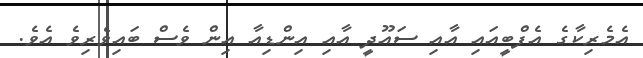
އެމެރިކާގެ އެފްބީއައި އާއި ސައޫދީ އާއި އިންޑިއާ އިން ވެސް ބައިވެރިވެ އެވެ.